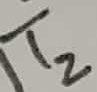
Text: T2